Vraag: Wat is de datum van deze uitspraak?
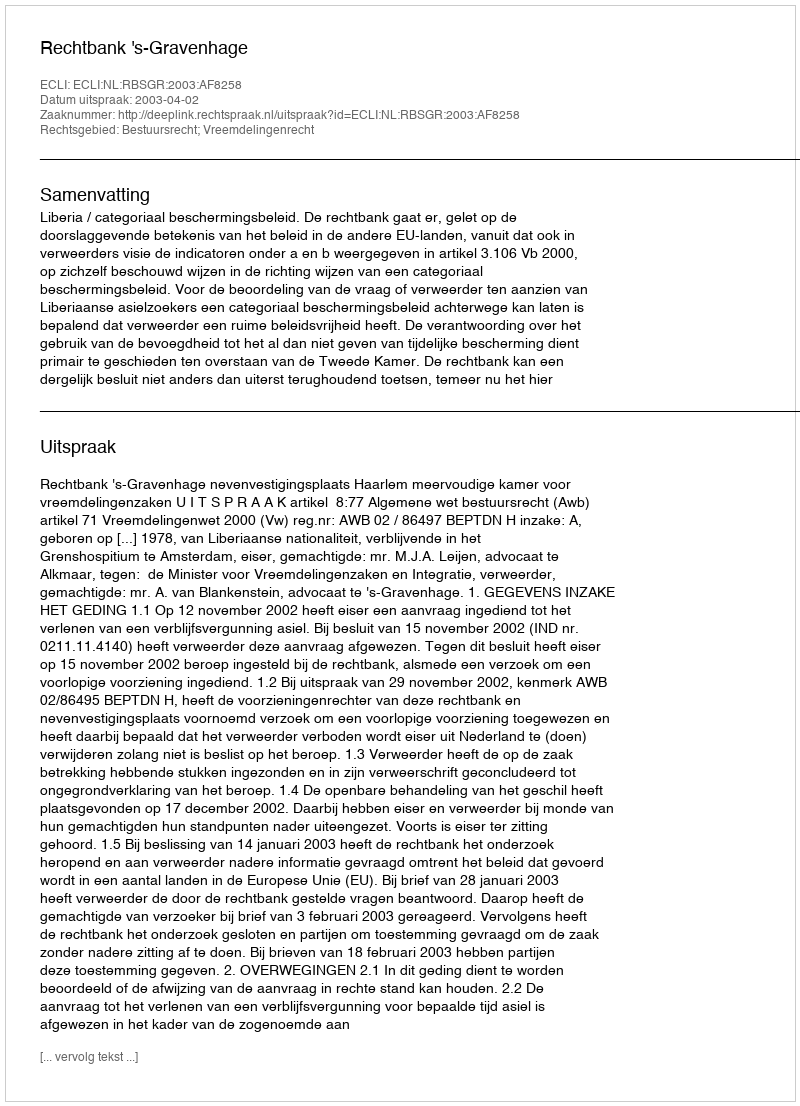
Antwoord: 2003-04-02